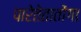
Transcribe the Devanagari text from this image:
पारेतेतातोंगा